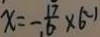
x = - \frac { 1 7 } { 6 } \times 6 ^ { - 1 }